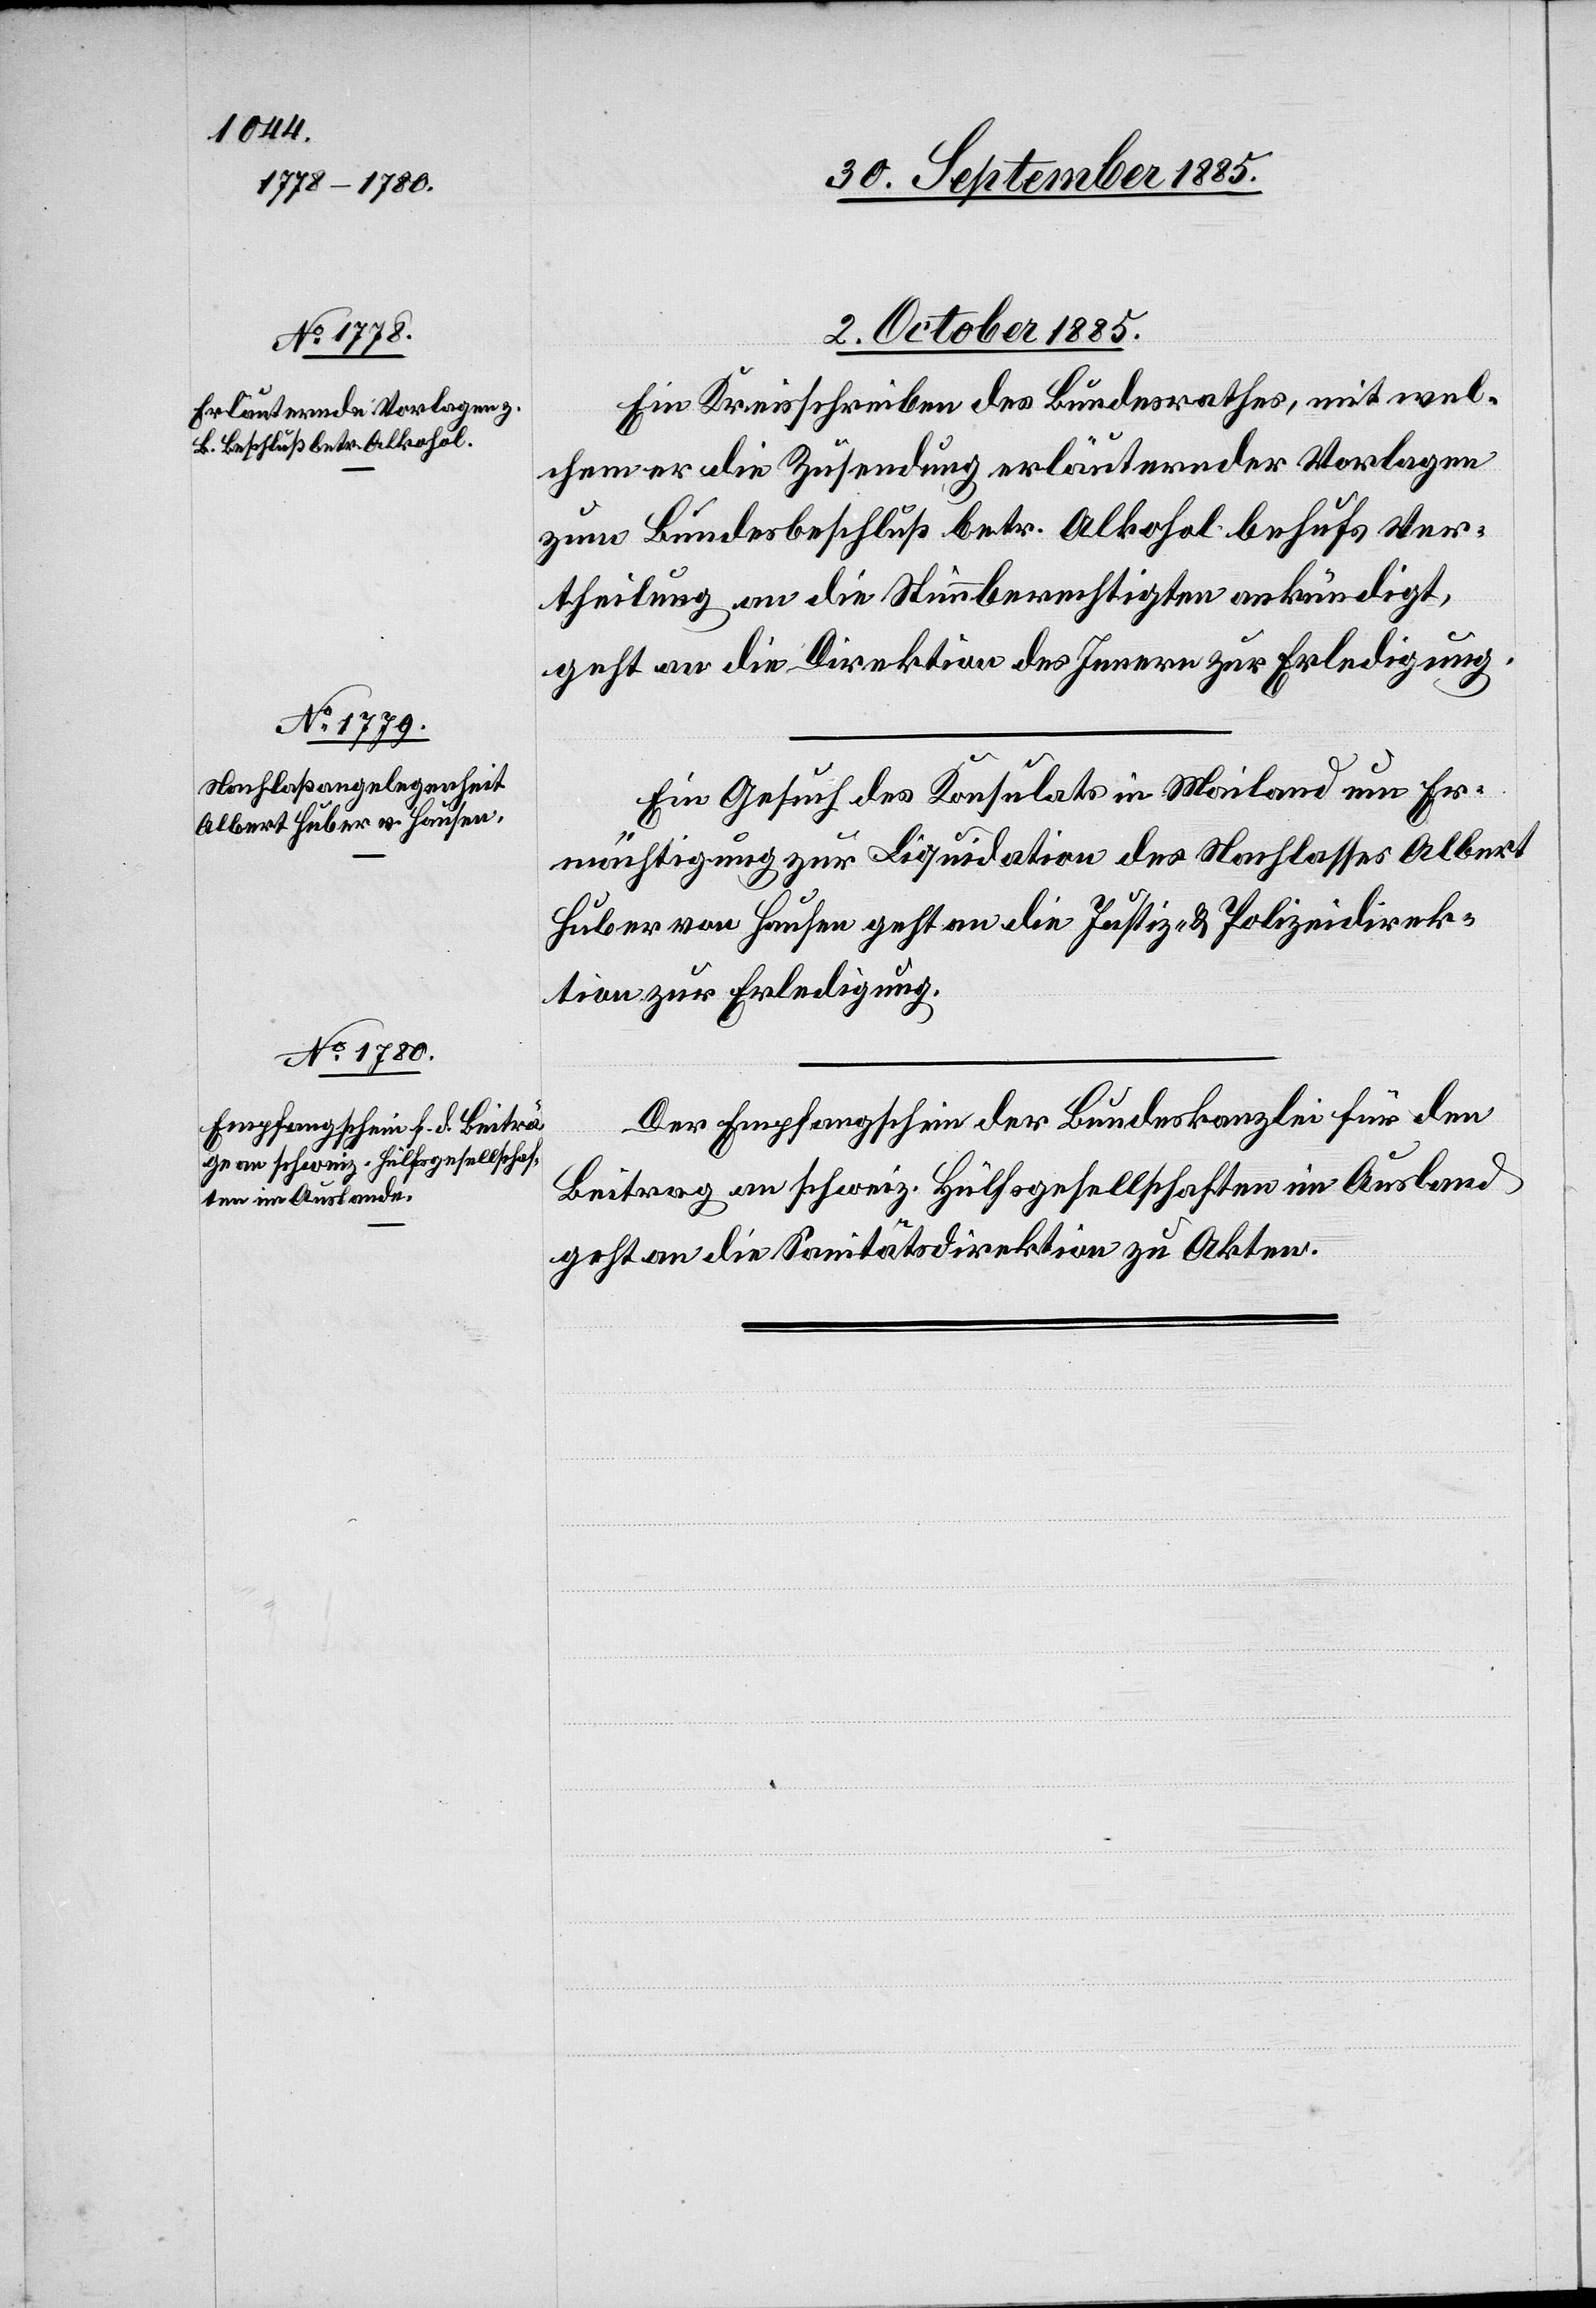
2. Oktober 1885.]
Ein Kreisschreiben des Bundesrathes, mit wel¬
chem er die Zusendung erläuternder Vorlagen
zum Bundesbeschluß betr. Alkohol behufs Ver¬
theilung an die Stimmberechtigten ankündigt,
geht an die Direktion des Innern zur Erledigung.
Ein Gesuch des Konsulates in Mailand um Er¬
mächtigung zur Liquidation des Nachlasses Albert
Huber von Hausen, geht an die Justiz- & Polizeidirek¬
tion zur Erledigung.
Der Empfangschein der Bundeskanzlei für den
Beitrag an schweiz. Hülfsgesellschaften im Ausland
geht an die Sanitätsdirektion zu Akten.